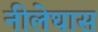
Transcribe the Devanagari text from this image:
नीलेघास